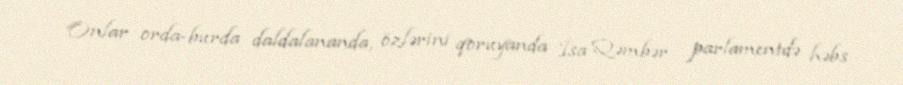
Onlar orda-burda daldalananda, özlərini qoruyanda İsa Qəmbər parlamentdə həbs